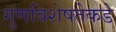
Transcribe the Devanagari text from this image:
गुणविशेषतेकडे